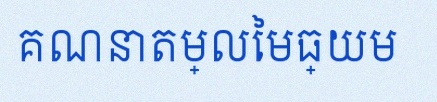
គណនាតម្លៃមធ្យម